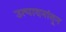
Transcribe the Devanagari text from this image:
उत्पादनांतून